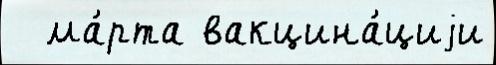
  ма́рта вакцина́циjи